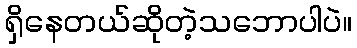
ရှိနေတယ်ဆိုတဲ့သဘောပါပဲ။